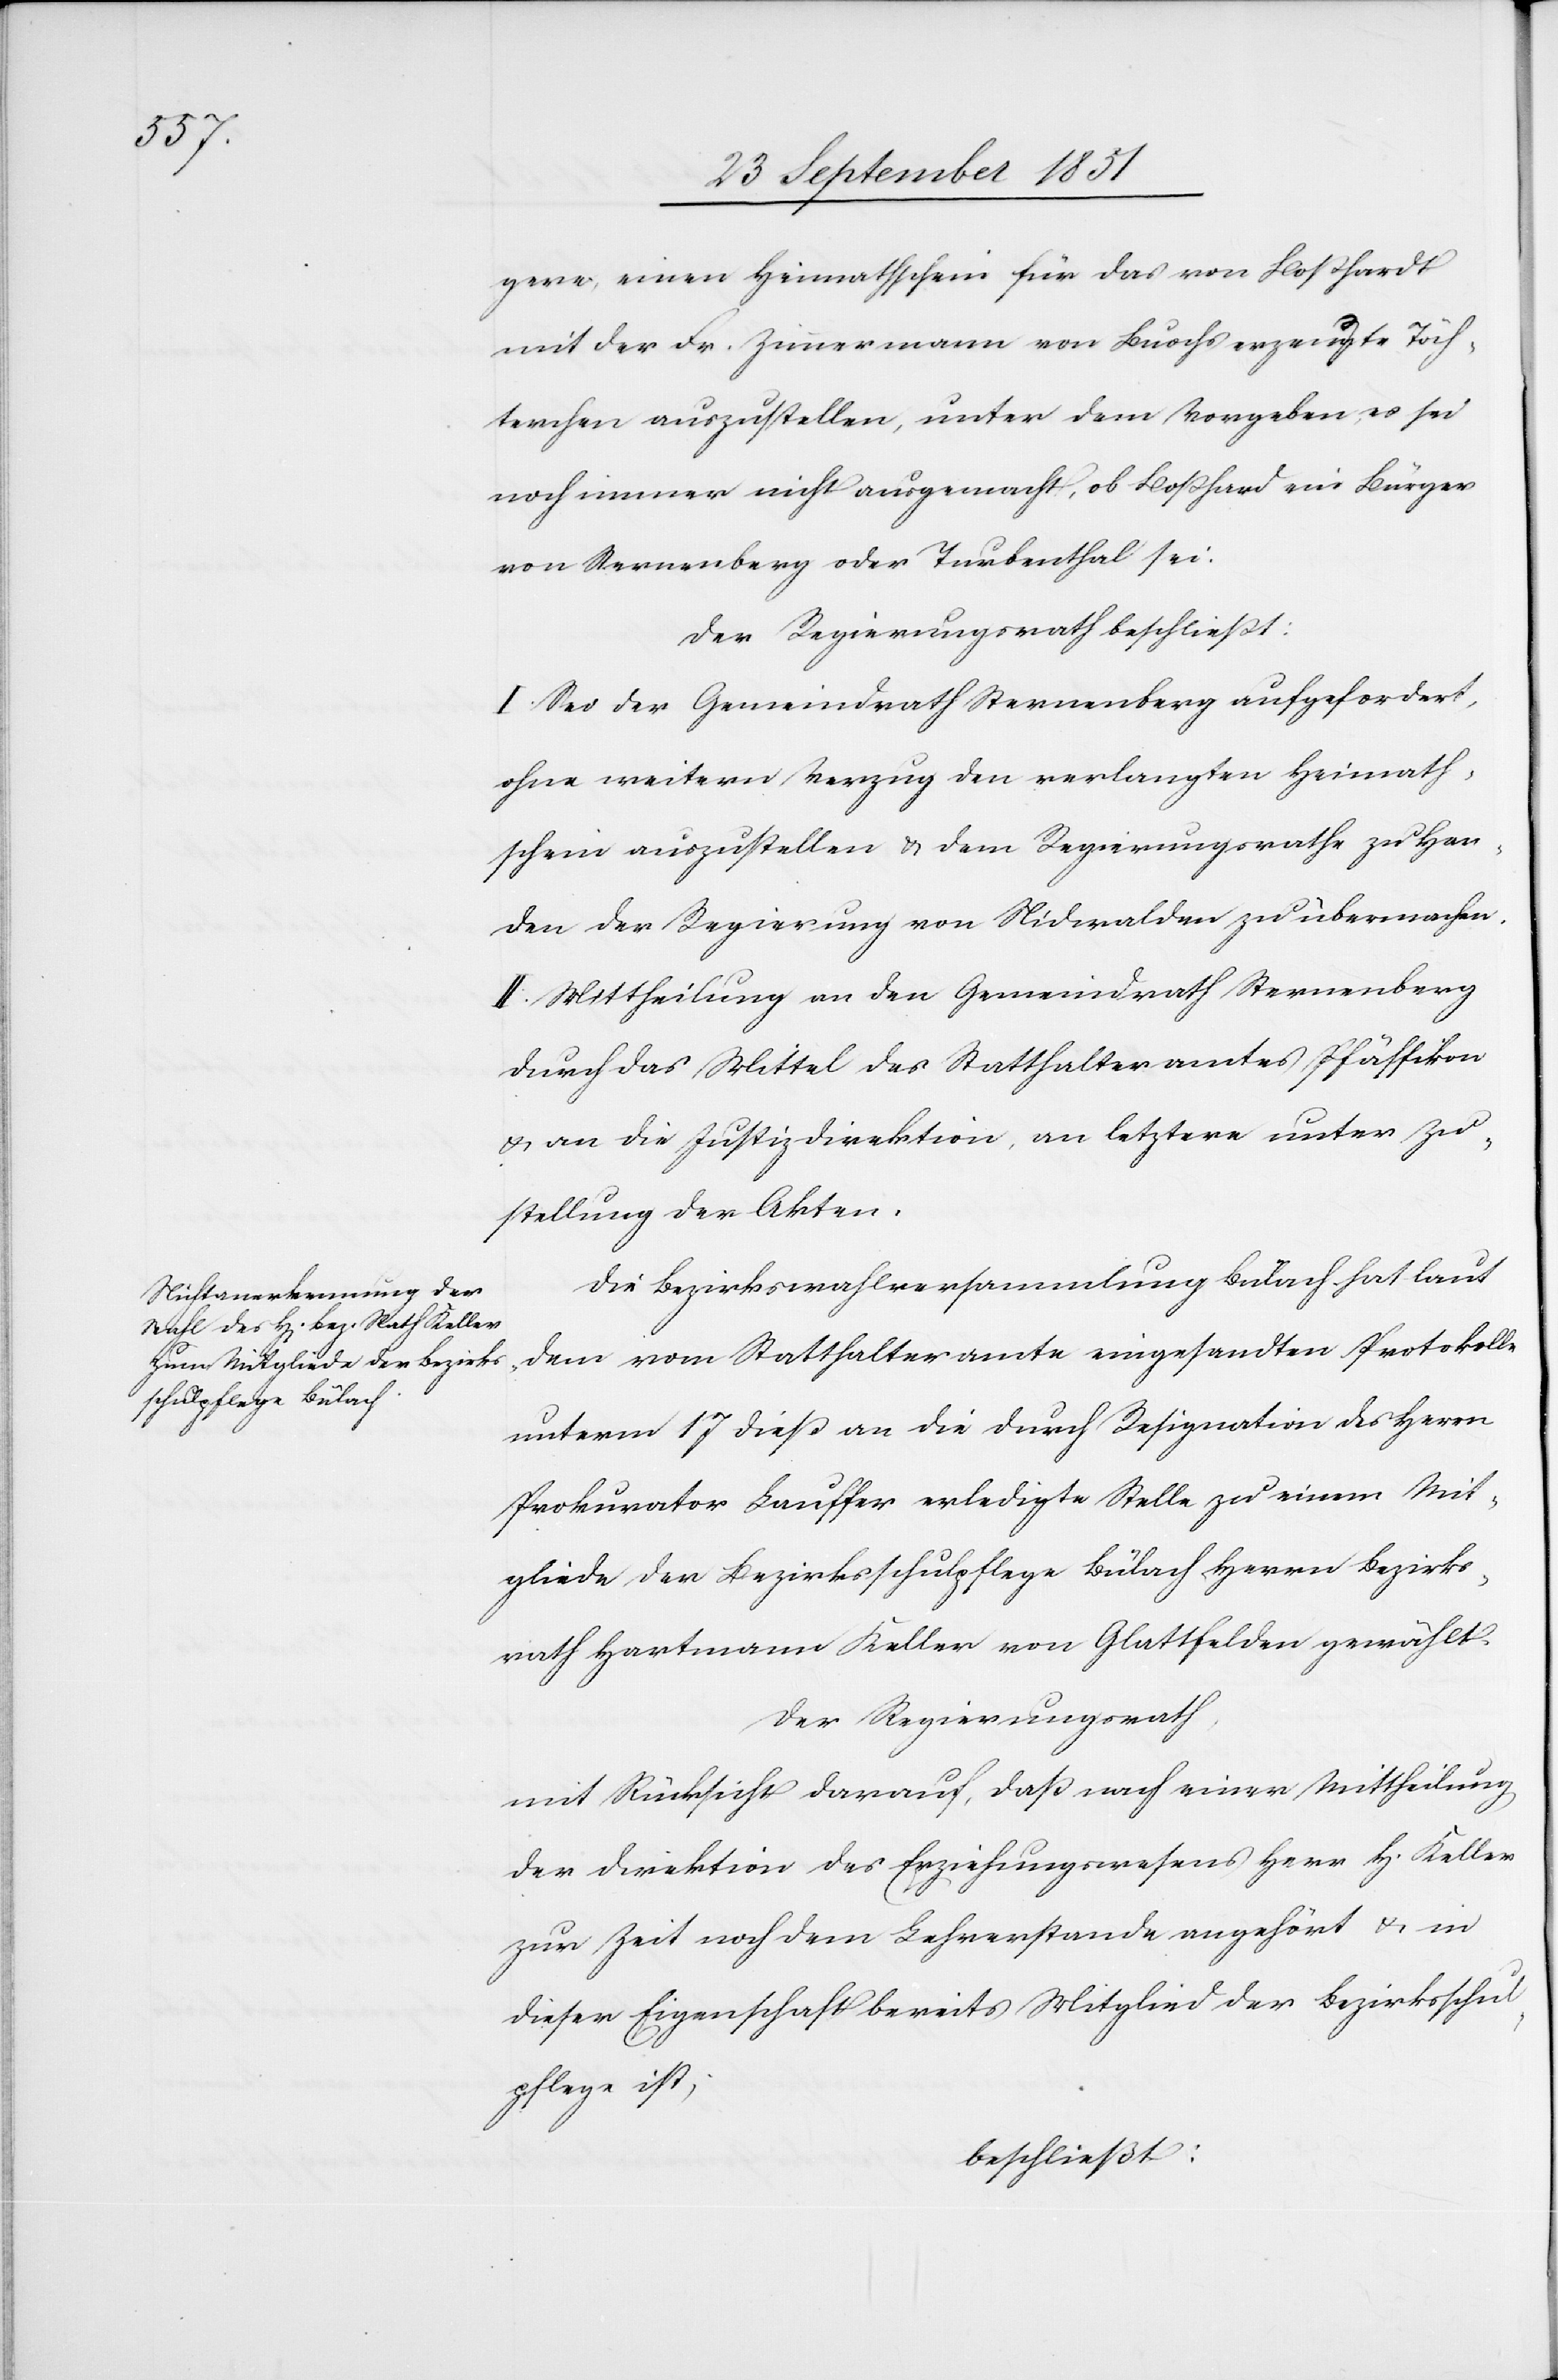
gere, einen Heimathschein für das von Boßhardt
mit der Fr. Zimmermann von Buochs erzeugte Töch¬
terchen auszustellen, unter dem Vorgeben, es sei
noch immer nicht ausgemacht, ob Boßhard ein Bürger
von Sternenberg oder Turbenthal sei.
Der Regierungsrath beschließt:
I. Sei der Gemeindrath Sternenberg aufgefordert,
ohne weitern Verzug den verlangten Heimath¬
schein auszustellen & dem Regierungsrathe zu Han¬
den der Regierung von Nidwalden zu übermachen.
II. Mittheilung an den Gemeindrath Sternenberg
durch das Mittel des Statthalteramtes Pfäffikon
& an die Justizdirektion, an letztere unter Zu¬
stellung der Akten.
Die Bezirkswahlversammlung Bülach hat laut
dem vom Statthalteramte eingesandten Protokolle
unterm 17 dieß an die durch Resignation des Herrn
Prokurator Lauffer erledigte Stelle zu einem Mit¬
gliede der Bezirksschulpflege Bülach Herrn Bezirks¬
rath Hartmann Keller von Glattfelden gewählt.
Der Regierungsrath,
mit Rücksicht darauf, daß nach einer Mittheilung
der Direktion des Erziehungswesens Herr H. Keller
zur Zeit noch dem Lehrerstande angehört & in
dieser Eigenschaft bereits Mitglied der Bezirksschul¬
pflege ist;
beschließt: